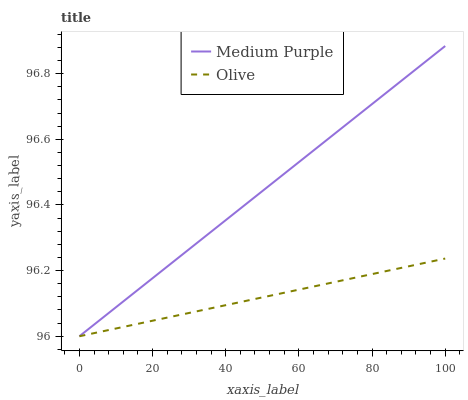
| xaxis_label | Medium Purple | Olive |
 | --- | --- | --- |
 | 0 | 96 | 96 |
 | 6.67 | 96.1 | 96 |
 | 13.3 | 96.1 | 96 |
 | 20 | 96.2 | 96 |
 | 26.7 | 96.2 | 96.1 |
 | 33.3 | 96.3 | 96.1 |
 | 40 | 96.4 | 96.1 |
 | 46.7 | 96.4 | 96.1 |
 | 53.3 | 96.5 | 96.1 |
 | 60 | 96.5 | 96.1 |
 | 66.7 | 96.6 | 96.2 |
 | 73.3 | 96.6 | 96.2 |
 | 80 | 96.7 | 96.2 |
 | 86.7 | 96.8 | 96.2 |
 | 93.3 | 96.8 | 96.2 |
 | 100 | 96.9 | 96.2 |